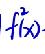
\(f(\vec{x})\)